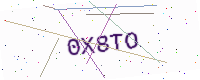
Text: 0X8TO